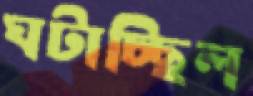
ঘটাচ্ছিল